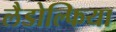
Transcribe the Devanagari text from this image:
लैडोल्फिया